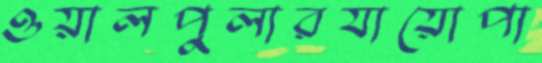
ওয়ালপুলারযায়োপা